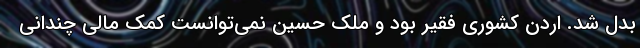
بدل شد. اردن کشوری فقیر بود و ملک حسین نمی‌توانست کمک مالی چندانی